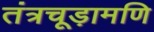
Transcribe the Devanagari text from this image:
तंत्रचूड़ामणि